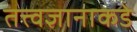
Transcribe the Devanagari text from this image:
तत्त्वज्ञानाकडे